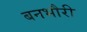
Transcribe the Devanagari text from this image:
बनभौरी